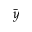
\Bar { y }